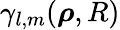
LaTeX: \gamma_{l,m}({\boldsymbol\rho},R)